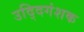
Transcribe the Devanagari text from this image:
उद्दिगंशक